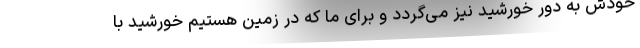
خودش به دور خورشید نیز می‌گردد و برای ما که در زمین هستیم خورشید با